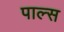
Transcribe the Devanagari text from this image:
पाल्स